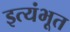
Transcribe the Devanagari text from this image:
इत्यंभूत